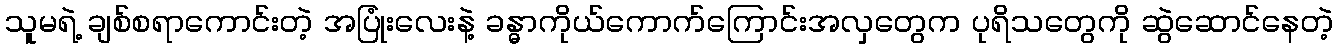
သူမရဲ့ ချစ်စရာကောင်းတဲ့ အပြုံးလေးနဲ့ ခန္ဓာကိုယ်ကောက်ကြောင်းအလှတွေက ပုရိသတွေကို ဆွဲဆောင်နေတဲ့